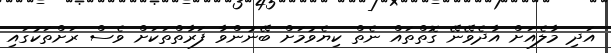
އަދި މާލެއަށް އާދެވޭނޭ ގޮތްތައް ނެތް ކިޔެވުމަށް ބޭނުންވާ ފަރާތްތަކަށް ވެސް ރަށްތަކުގައި